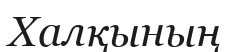
Халқының